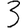
Digit: 3